Lunatic asylums Central Provinces reports 1874-1885 - 1874-1885
Year: 1874
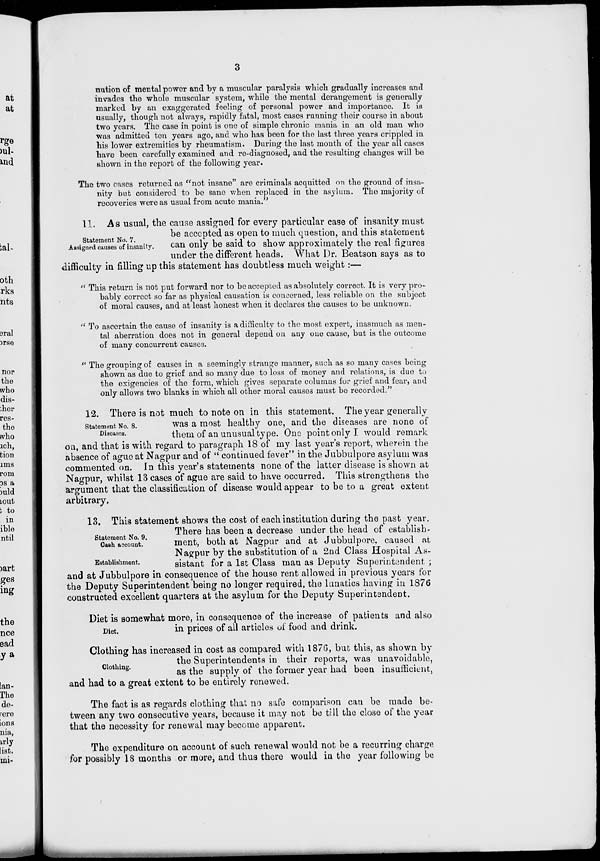
3
nution of mental power and by a muscular paralysis which gradually increases and
invades the whole muscular system, while the mental derangement is generally
marked by an exaggerated feeling of personal power and importance. It is
usually, though not always, rapidly fatal, most cases running their course in about
two years. The case in point is one of simple chronic mania in an old man who
was admitted ten years ago, and who has been for the last three years crippled in
his lower extremities by rheumatism. During the last month of the year all cases
have been carefully examined and re-diagnosed, and the resulting changes will be
shown in the report of the following year.
The two cases returned as "not insane" are criminals acquitted on the ground of insa-
nity but considered to be sane when replaced in the asylum. The majority of
recoveries were as usual from acute mania."
Statement No. 7.
Assigned causes of insanity.
11. As usual, the cause assigned for every particular case of insanity must
be accepted as open to much question, and this statement
can only be said to show approximately the real figures
under the different heads. What Dr. Beatson says as to
difficulty in filling up this statement has doubtless much weight:—
"This return is not put forward nor to be accepted as absolutely correct. It is very pro-
bably correct so far as physical causation is concerned, less reliable on the subject
of moral causes, and at least honest when it declares the causes to be unknown.
"To ascertain the cause of insanity is a difficulty to the most expert, inasmuch as men-
tal aberration does not in general depend on any one cause, but is the outcome
of many concurrent causes.
"The grouping of causes in a seemingly strange manner, such as so many cases being
shown as due to grief and so many due to loss of money and relations, is due to
the exigencies of the form, which gives separate columns for grief and fear, and
only allows two blanks in which all other moral causes must be recorded."
Statement No. 8.
Diseases.
12. There is not much to note on in this statement. The year generally
was a most healthy one, and the diseases are none of
them of an unusual type. One point only I would remark
on, and that is with regard to paragraph 18 of my last year's report, wherein the
absence of ague at Nagpur and of "continued fever" in the Jubbulpore asylum was
commented on. In this year's statements none of the latter disease is shown at
Nagpur, whilst 13 cases of ague are said to have occurred. This strengthens the
argument that the classification of disease would appear to be to a great extent
arbitrary.
Statement No. 9.
Cash account.
Establishment.
13. This statement shows the cost of each institution during the past year.
There has been a decrease under the head of establish-
ment, both at Nagpur and at Jubbulpore, caused at
Nagpur by the substitution of a 2nd Class Hospital As-
sistant for a 1st Class man as Deputy Superintendent ;
and at Jubbulpore in consequence of the house rent allowed in previous years for
the Deputy Superintendent being no longer required, the lunatics having in 1876
constructed excellent quarters at the asylum for the Deputy Superintendent.
Diet.
Diet is somewhat more, in consequence of the increase of patients and also
in prices of all articles of food and drink.
Clothing.
Clothing has increased in cost as compared with 1876, but this, as shown by
the Superintendents in their reports, was unavoidable,
as the supply of the former year had been insufficient,
and had to a great extent to be entirely renewed.
The fact is as regards clothing that no safe comparison can be made be-
tween any two consecutive years, because it may not be till the close of the year
that the necessity for renewal may become apparent.
The expenditure on account of such renewal would not be a recurring charge
for possibly 18 months or more, and thus there would in the year following be